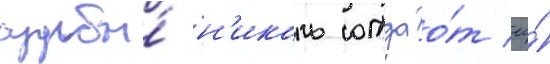
судьбы́ н'иколь отдао́т ео́